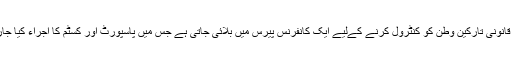
ان غیر قانونی تارکین وطن کو کنٹرول کرنے کےلیے ایک کانفرنس پیرس میں بلائی جاتی ہے جس میں پاسپورٹ اور کسٹم کا اجراء کیا جارہا ہے۔